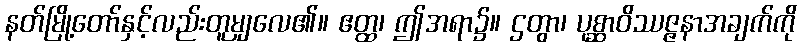
နတ်မြို့တော်နှင့်လည်းတူမျှလေ၏။ ဧတ္ထ၊ ဤအရာ၌။ ဌတွာ၊ ပုစ္ဆာဝိဿဇ္ဇနာအချက်ကို